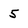
Character: 5